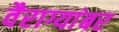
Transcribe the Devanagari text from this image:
वैराग्यांबर